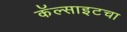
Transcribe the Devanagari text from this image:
कॅल्साइटचा